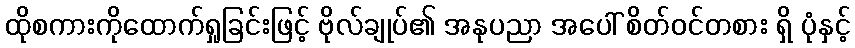
ထိုစကားကိုထောက်ရှုခြင်းဖြင့် ဗိုလ်ချုပ်၏ အနုပညာ အပေါ် စိတ်ဝင်တစား ရှိ ပုံနှင့်